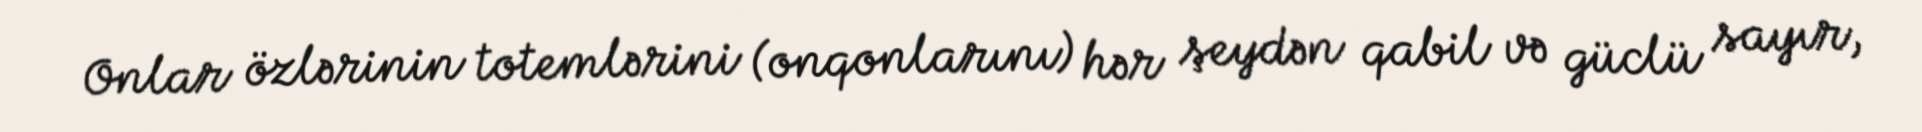
Onlar özlərinin totemlərini (onqonlarını) hər şeydən qabil və güclü sayır,